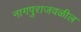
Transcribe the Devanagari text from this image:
नागपुराजवळील